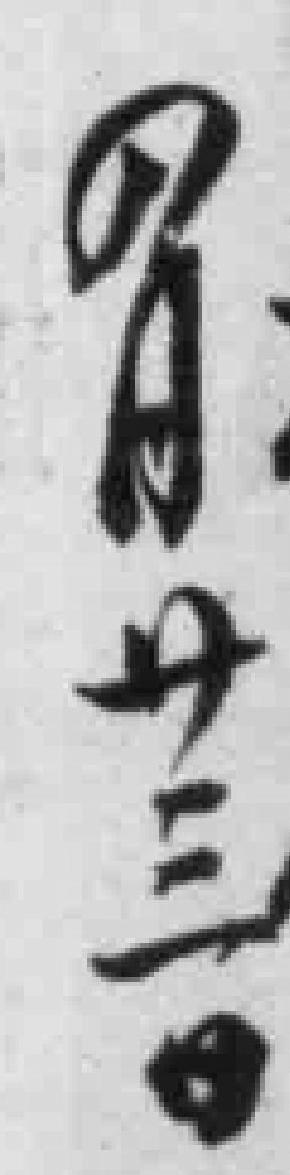
四月卄三日